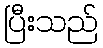
ပြီးသည်